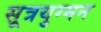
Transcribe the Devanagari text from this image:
सूत्रयुग्मन